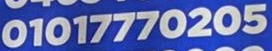
01017770205